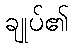
ချုပ်၏